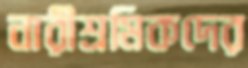
নারীশ্রমিকদের